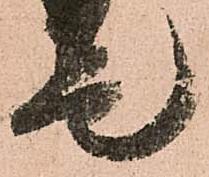
是